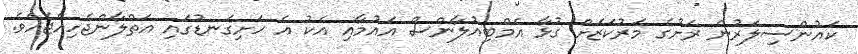
ކައުންސިލަރުން ރަށުގެ މަރުކަޒަށް ގުޅާ އެމްބިއުލާންސް އައުމާއި އެކު އެ ހަށިގަނޑުގައި އަތްލާންޖެހިއްޖެއެވެ.